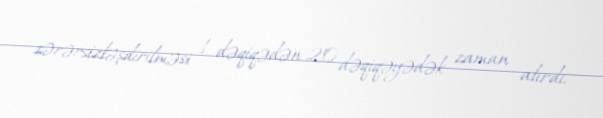
zərərsizləşdirilməsi 1 dəqiqədən 20 dəqiqəyədək zaman alırdı.